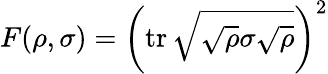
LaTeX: F(\rho,\sigma)=\left(\operatorname{tr}{\sqrt{{\sqrt{\rho}}\sigma{\sqrt{\rho}}}}\right)^{2}